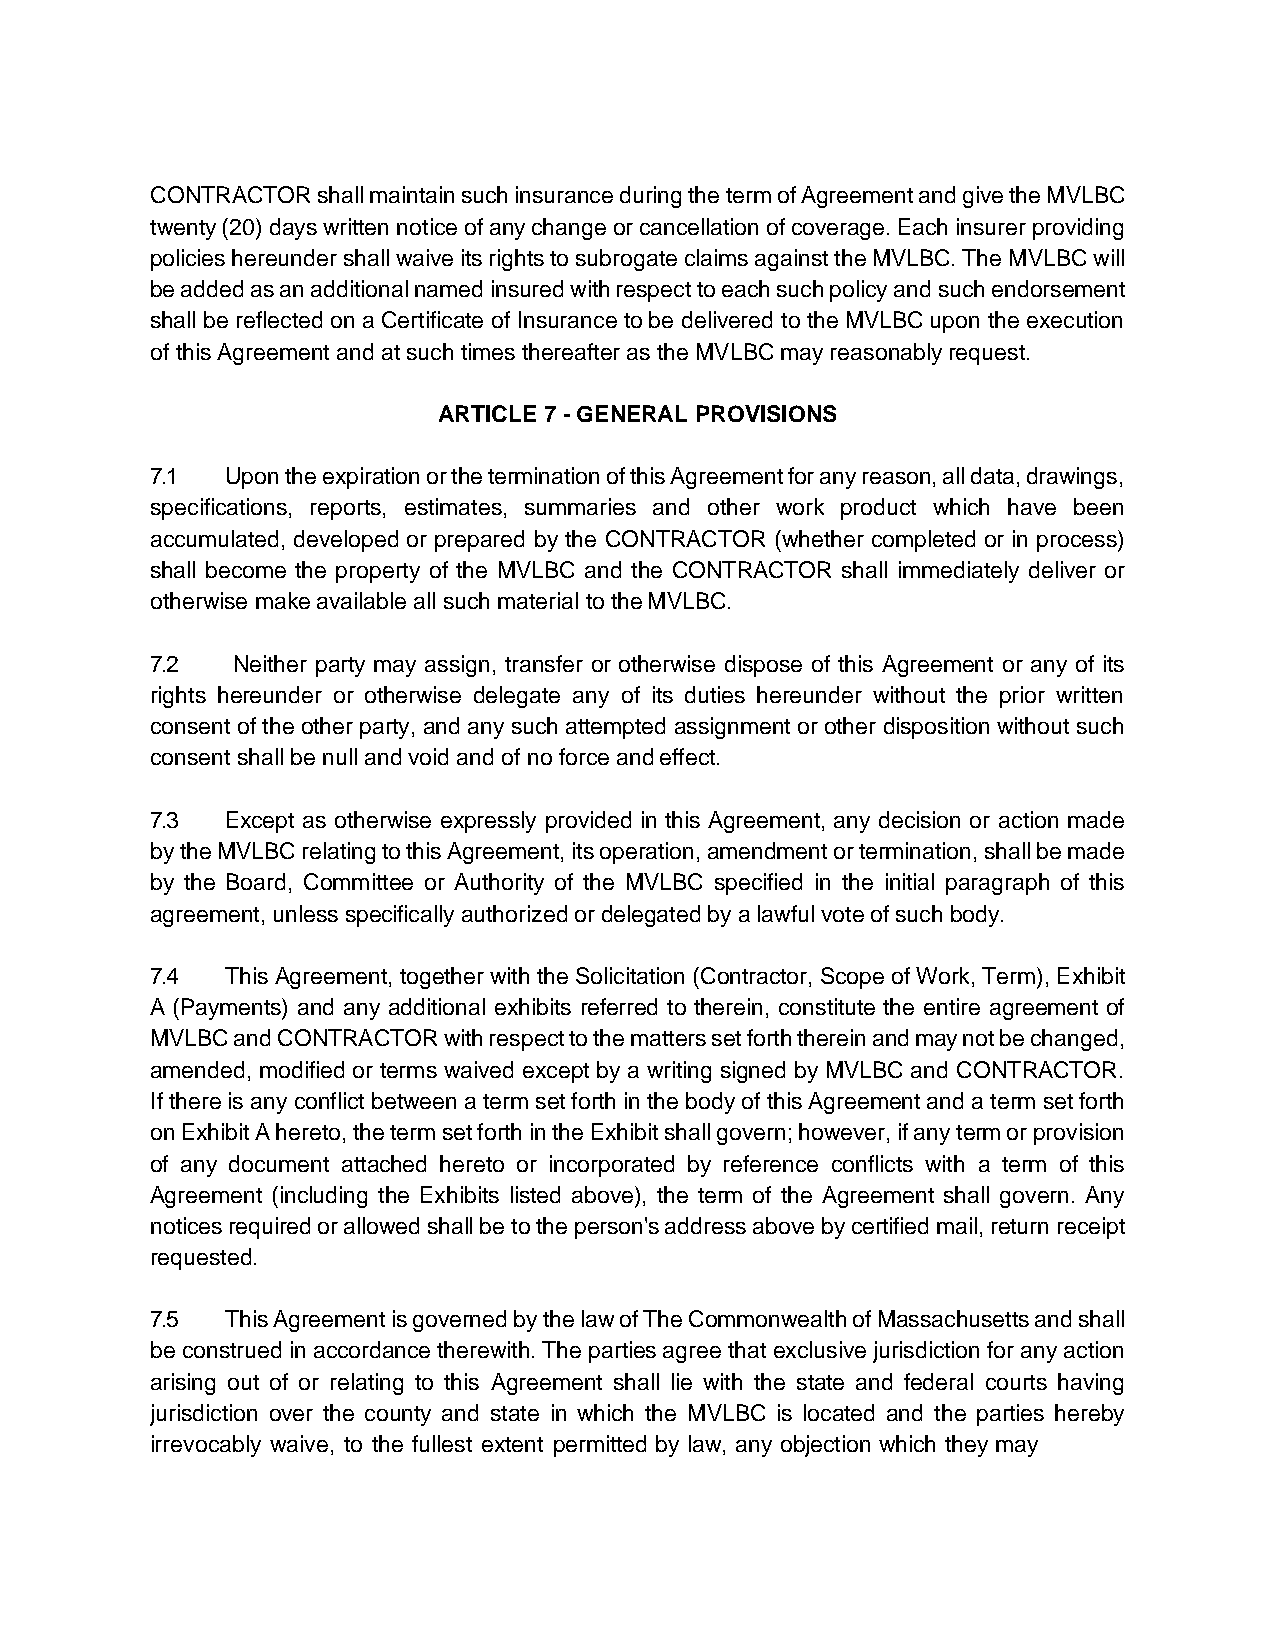
CONTRACTOR shall maintain such insurance during the term of Agreement and give the MVLBC
 twenty (20) days written notice of any change or cancellation of coverage. Each insurer providing
 policies hereunder shall waive its rights to subrogate claims against the MVLBC. The MVLBC will
 be added as an additional named insured with respect to each such policy and such endorsement
 shall be reflected on a Certificate of Insurance to be delivered to the MVLBC upon the execution
 of this Agreement and at such times thereafter as the MVLBC may reasonably request.
 ARTICLE 7 - GENERAL PROVISIONS
 7.1  Upon the expiration or the termination of this Agreement for any reason, all data, drawings,
 specifications, reports, estimates, summaries and other work product which have been
 accumulated, developed or prepared by the CONTRACTOR (whether completed or in process)
 shall become the property of the MVLBC and the CONTRACTOR shall immediately deliver or
 otherwise make available all such material to the MVLBC.
 7.2  Neither party may assign, transfer or otherwise dispose of this Agreement or any of its
 rights hereunder or otherwise delegate any of its duties hereunder without the prior written
 consent of the other party, and any such attempted assignment or other disposition without such
 consent shall be null and void and of no force and effect.
 7.3  Except as otherwise expressly provided in this Agreement, any decision or action made
 by the MVLBC relating to this Agreement, its operation, amendment or termination, shall be made
 by the Board, Committee or Authority of the MVLBC specified in the initial paragraph of this
 agreement, unless specifically authorized or delegated by a lawful vote of such body.
 7.4  This Agreement, together with the Solicitation (Contractor, Scope of Work, Term), Exhibit
 A (Payments) and any additional exhibits referred to therein, constitute the entire agreement of
 MVLBC and CONTRACTOR with respect to the matters set forth therein and may not be changed,
 amended, modified or terms waived except by a writing signed by MVLBC and CONTRACTOR.
 If there is any conflict between a term set forth in the body of this Agreement and a term set forth
 on Exhibit A hereto, the term set forth in the Exhibit shall govern; however, if any term or provision
 of any document attached hereto or incorporated by reference conflicts with a term of this
 Agreement (including the Exhibits listed above), the term of the Agreement shall govern. Any
 notices required or allowed shall be to the person's address above by certified mail, return receipt
 requested.
 7.5  This Agreement is governed by the law of The Commonwealth of Massachusetts and shall
 be construed in accordance therewith. The parties agree that exclusive jurisdiction for any action
 arising out of or relating to this Agreement shall lie with the state and federal courts having
 jurisdiction over the county and state in which the MVLBC is located and the parties hereby
 irrevocably waive, to the fullest extent permitted by law, any objection which they may